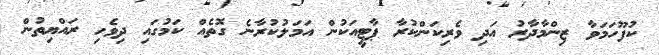
ކުފޫހަމަވާ ޒިންމާދާރު އަދި ވެރިކަންކުރާ ޕާޓީއަކުން އަމަލުކުރާނެ ގޮތެއް ކަމުގައި ދިވެހި ރައްޔިތުން